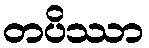
တပိဿာ